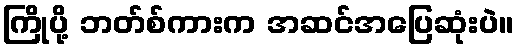
ကြိုပို့ ဘတ်စ်ကားက အဆင်အပြေဆုံးပဲ။